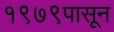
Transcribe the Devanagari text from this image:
१९७९पासून